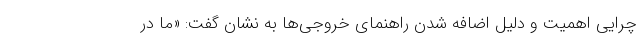
چرایی اهمیت و دلیل اضافه شدن راهنمای خروجی‌ها به نشان گفت: «ما در